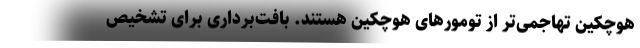
هوچکین تهاجمی‌تر از تومورهای هوچکین هستند. بافت‌برداری برای تشخیص